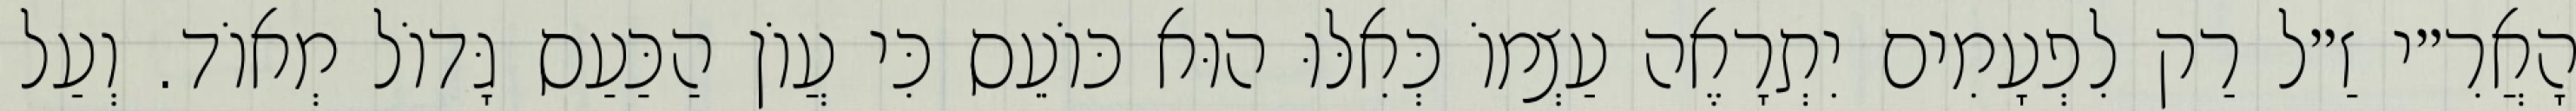
הָאֲרִ״י זַ״ל רַק לִפְעָמִים יִתְרָאֶה עַצְמוֹ כְּאִלּוּ הוּא כּוֹעֵס כִּי עֲוֹן הַכַּעַס גָּדוֹל מְאוֹד. וְעַל